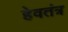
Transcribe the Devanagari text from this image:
हेवतंत्र